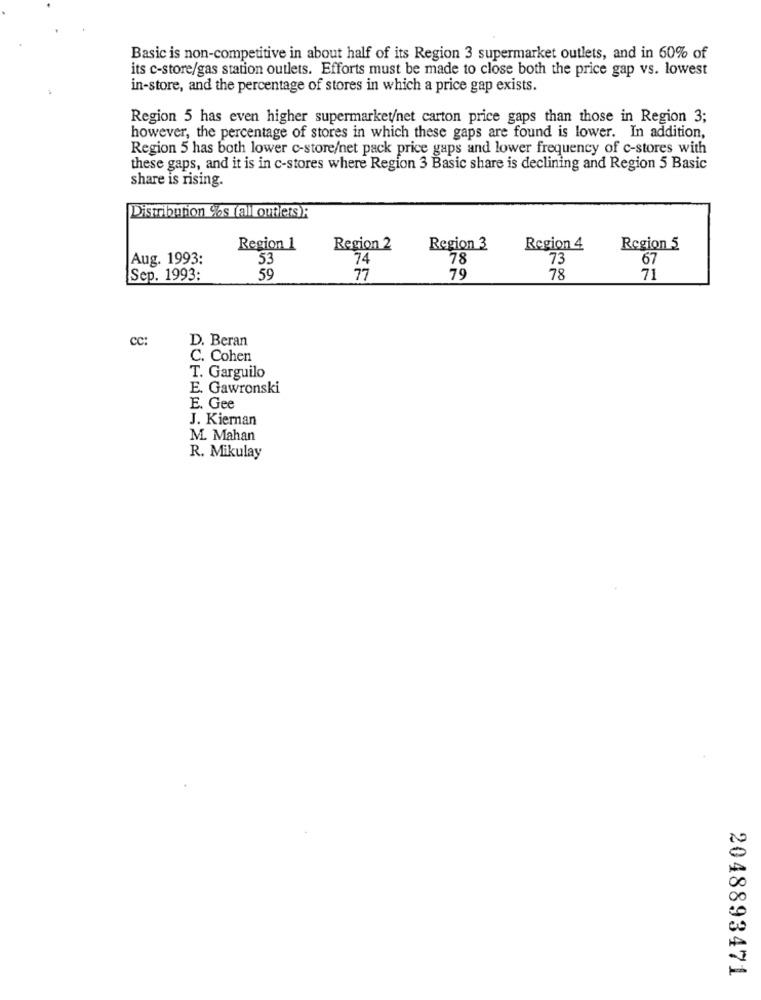
Basic is non-competitive in about half of its Region 3 supermarket outlets, and in 60% of
its c-store/gas station outlets. Efforts must be made to close both the price gap vs. lowest
in-store, and the percentage of stores in which a price gap exists.
Region 5 has even higher supermarket/net carton price gaps than those in Region 3;
however, the percentage of stores in which these gaps are found is lower. In addition,
Region 5 has both lower c-store/net pack price gaps and lower frequency of c-stores with
these gaps, and it is in c-stores where Region 3 Basic share is declining and Region 5 Basic
share is rising.
Distribution %s falloutlets):
Region 1
Region 2
Region 3
Region 4
Region 5
Aug. 1993:
53
74
78
73
67
Sep. 1993:
59
77
79
78
71
CC:
D. Beran
C. Cohen
T. Garguilo
E. Gawronski
E. Gee
J. Kiernan
M. Mahan
R. Mikulay
2048893471